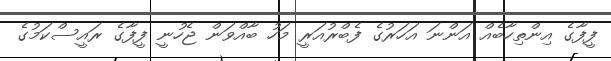
ފީފާގެ އިންތިހާބެއް އަންނަ އަހަރުގެ ފެބްރުއަރީ މަހު ބާއްވަން ޖެހުނީ ފީފާގެ ރައީސްކަމުގެ